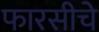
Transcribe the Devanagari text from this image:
फारसीचे